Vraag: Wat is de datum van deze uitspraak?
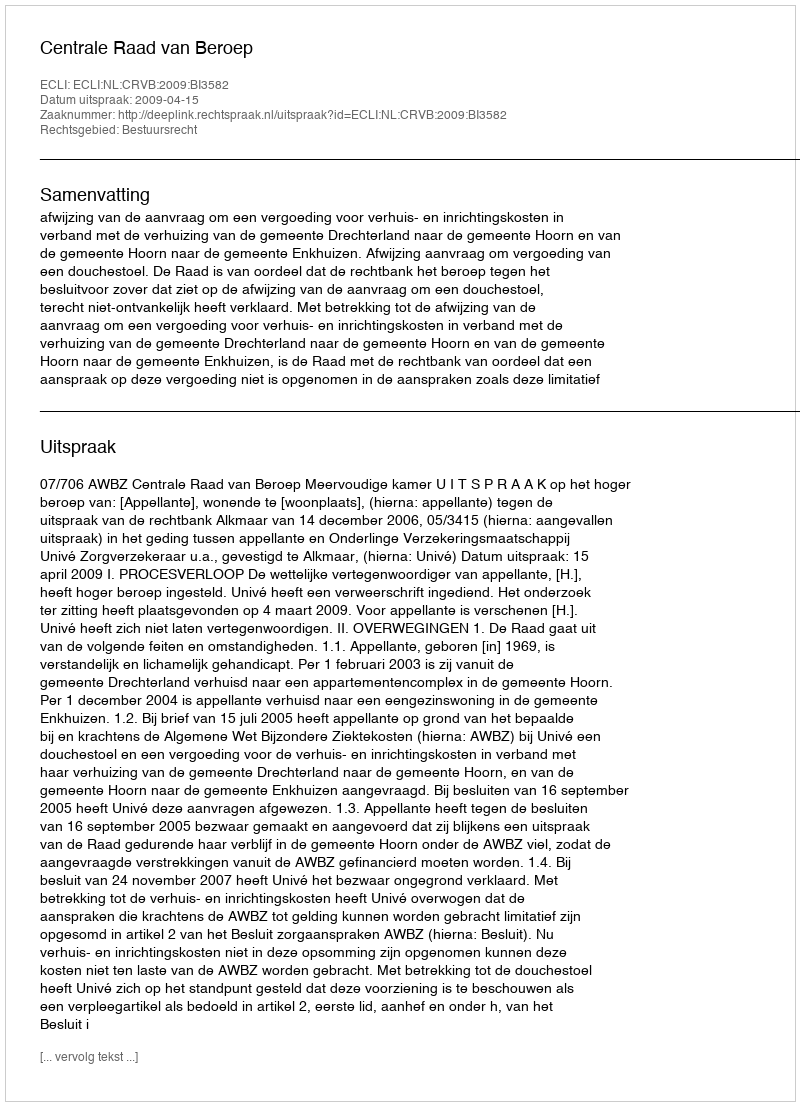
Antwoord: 2009-04-15